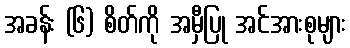
အခန်း (၆) စိတ်ကို အမှီပြု အင်အားစုများ